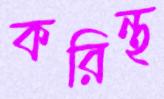
করিন্থ